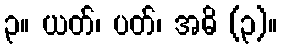
၃။ ယတ်၊ ပတ်၊ အဓိ (၃)။